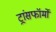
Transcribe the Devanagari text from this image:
ट्रांसफॉर्मों